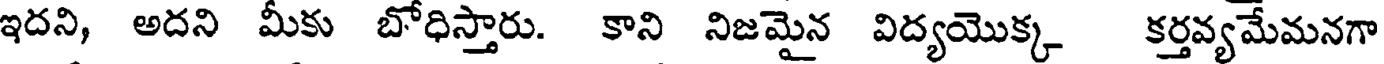
ఇదని, అదని మీకు బోధిస్తారు. కాని నిజమైన విద్యయొక్క కర్తవ్యమేమనగా